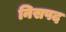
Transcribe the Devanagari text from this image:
निसपद